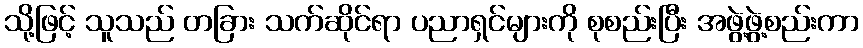
သို့ဖြင့် သူသည် တခြား သက်ဆိုင်ရာ ပညာရှင်များကို စုစည်းပြီး အဖွဲ့ဖွဲ့စည်းကာ